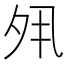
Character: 𡖊